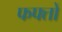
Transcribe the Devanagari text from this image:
फफ्तों